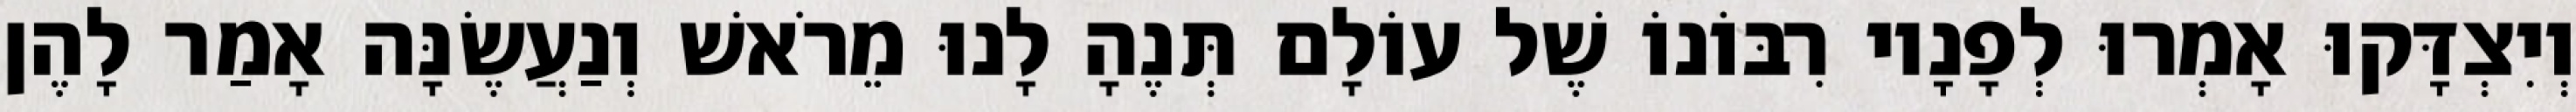
וְיִצְדָּקוּ אָמְרוּ לְפָנָיו רִבּוֹנוֹ שֶׁל עוֹלָם תְּנֶהָ לָנוּ מֵרֹאשׁ וְנַעֲשֶׂנָּה אָמַר לָהֶן